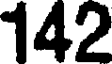
142